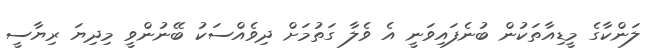
ލަންކާގެ މީޑިއާތަކުން ބުނެފައިވަނީ އެ ވެލާ ގަތުމަށް ދިވެއްސަކު ބޭނުންވީ މިދިޔަ ރިޔާސީ